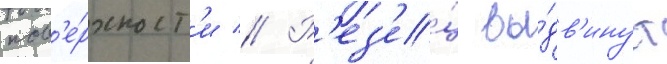
пов'е́рхност'и // Р'ез'е́ц вы́дв'инут